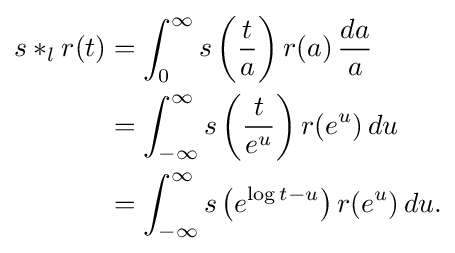
{\begin{aligned}s*_{l}r(t)&=\int _{0}^{\infty }s\left({\frac {t}{a}}\right)r(a)\,{\frac {da}{a}}\\&=\int _{-\infty }^{\infty }s\left({\frac {t}{e^{u}}}\right)r(e^{u})\,du\\&=\int _{-\infty }^{\infty }s\left(e^{\log t-u}\right)r(e^{u})\,du.\end{aligned}}